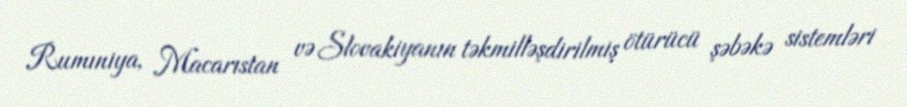
Rumıniya, Macarıstan və Slovakiyanın təkmilləşdirilmiş ötürücü şəbəkə sistemləri